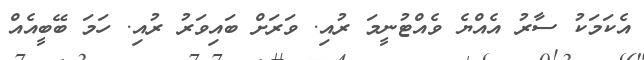
އެކަމަކު ސާރު އެއްޔެ ވެއްޓުނީމަ ރުއި. ވަރަށް ބައިވަރު ރުއި. ހަމަ ބޭބީއެއް